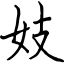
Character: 妓